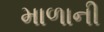
માળાની